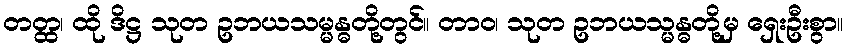
တတ္ထ၊ ထို ဒိဋ္ဌ သုတ ဥဘယသမ္မန္ဓတို့တွင်။ တာဝ၊ သုတ ဥဘယသ္မန္ဓတို့မှ ရှေးဦးစွာ။